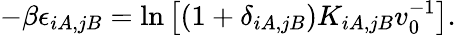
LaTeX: -\beta\epsilon_{iA,jB}=\ln\left[(1+\delta_{iA,jB})K_{iA,jB}v_{0}^{-1}\right].